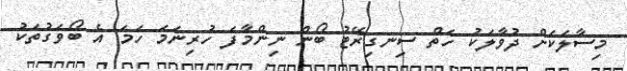
މިސާލަކަށް ދުވާލަކު ހަތް ސިނގިރޭޓު ބޯން ނިންމާފަ ހުރިނަމަ ހަމަ އެ ބޯވަގުތަކު